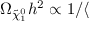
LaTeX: \Omega _ { \tilde { \chi } _ { 1 } ^ { 0 } } h ^ { 2 } \propto 1 / \langle